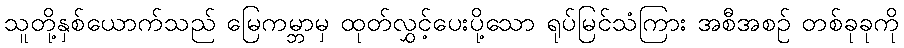
သူတို့နှစ်ယောက်သည် မြေကမ္ဘာမှ ထုတ်လွှင့်ပေးပို့သော ရုပ်မြင်သံကြား အစီအစဉ် တစ်ခုခုကို